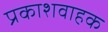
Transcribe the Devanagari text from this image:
प्रकाशवाहक